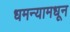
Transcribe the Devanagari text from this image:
धमन्यामधून